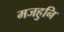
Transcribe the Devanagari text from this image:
मजहुनि